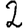
Digit: 2